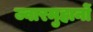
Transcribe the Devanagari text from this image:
ज्वारमुहानों